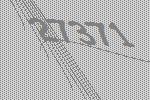
27371